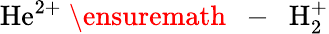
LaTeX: {\mathrm{He}}^{2+}\mathrm{~\ensuremath~{~-~}~}{\mathrm{H}}_{2}^{+}